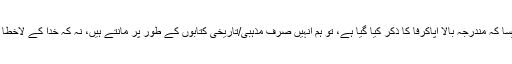
اگر ہم اِن کتابوں میں سےکسی کو پڑھتے ہیں، جیسا کہ مندرجہ بالا اپاکرِفا کا ذکر کیا گیا ہے، تو ہم انہیں صرف مذہبی/تاریخی کتابوں کے طور پر مانتے ہیں، نہ کہ خُدا کے لاخطا الہامی کلام کے طور پر (2تھِمُتھیُس17-16:3)۔